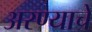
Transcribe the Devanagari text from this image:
अरण्याचे